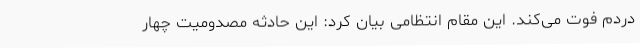
دردم فوت می‌کند. این مقام انتظامی بیان کرد: این حادثه مصدومیت چهار